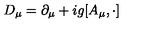
D _ { \mu } = \partial _ { \mu } + i g [ A _ { \mu } , \cdot ]